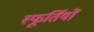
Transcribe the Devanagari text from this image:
स्फूर्तियों